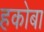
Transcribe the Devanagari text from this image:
हकोबा